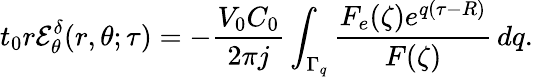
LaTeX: t_{0}r\mathcal{E}_{\theta}^{\delta}(r,\theta;\tau)=-\frac{V_{0}C_{0}}{2\pi j}\int_{\Gamma_{q}}\frac{F_{e}(\zeta)e^{q(\tau-R)}}{F(\zeta)}\, dq.